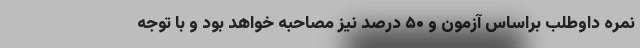
نمره داوطلب براساس آزمون و ۵۰ درصد نیز مصاحبه خواهد بود و با توجه